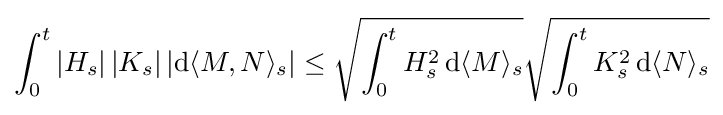
\int _{0}^{t}\left|H_{s}\right|\left|K_{s}\right|\left|\mathrm {d} \langle M,N\rangle _{s}\right|\leq {\sqrt {\int _{0}^{t}H_{s}^{2}\,\mathrm {d} \langle M\rangle _{s}}}{\sqrt {\int _{0}^{t}K_{s}^{2}\,\mathrm {d} \langle N\rangle _{s}}}